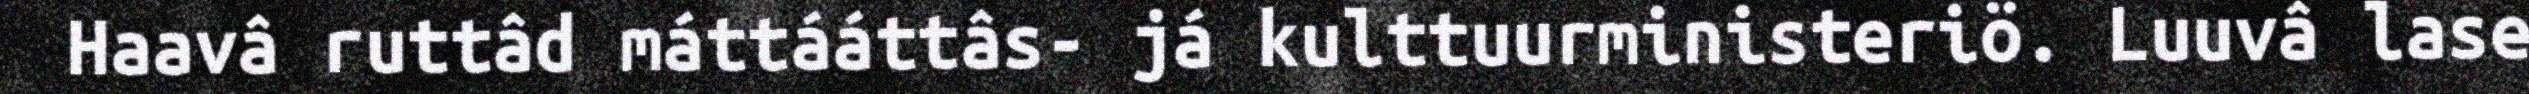
Haavâ ruttâd máttááttâs- já kulttuurministeriö. Luuvâ lase